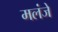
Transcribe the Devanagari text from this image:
मलंजे